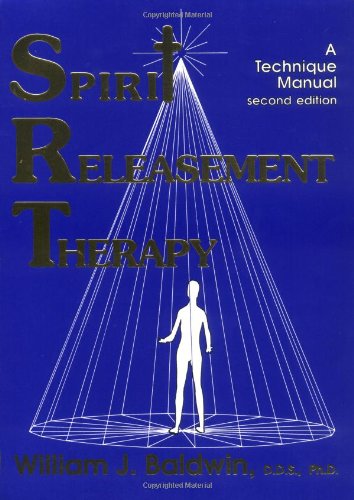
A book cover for Spirit Releasement Therapy: A Technique Manual; William J. Baldwin; Health, Fitness & Dieting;